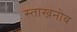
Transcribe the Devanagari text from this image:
स्ताखनोव